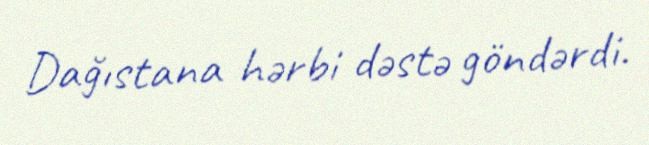
Dağıstana hərbi dəstə göndərdi.